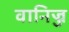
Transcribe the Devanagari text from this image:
वानिज्ज